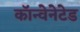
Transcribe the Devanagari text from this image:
कॉन्वेनेटेड